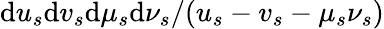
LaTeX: \mathrm{d}u_{s}\mathrm{d}v_{s}\mathrm{d}\mu_{s}\mathrm{d}\nu_{s}/(u_{s}-v_{s}-\mu_{s}\nu_{s})